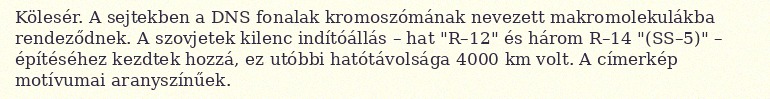
Kölesér. A sejtekben a DNS fonalak kromoszómának nevezett makromolekulákba rendeződnek. A szovjetek kilenc indítóállás – hat "R–12" és három R–14 "(SS–5)" – építéséhez kezdtek hozzá, ez utóbbi hatótávolsága 4000 km volt. A címerkép motívumai aranyszínűek.